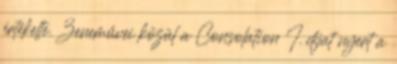
értékelte. Zeneművei közül a Consolation I. díjat nyert a